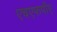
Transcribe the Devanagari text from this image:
एचएफपीए